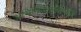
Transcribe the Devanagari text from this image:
अभिनिवेशाशिवाय